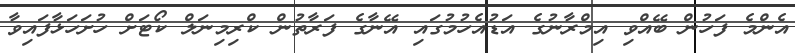
އެންމެ ފަހުން ބޭއްވި އިމްރާނުގެ އަޑުއެހުމުގައި އޭނާގެ ފަރާތުން ކްރިމިނަލް ކޯޓަށް ހުށަހަޅާފައިވާ